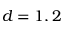
d = 1 , 2